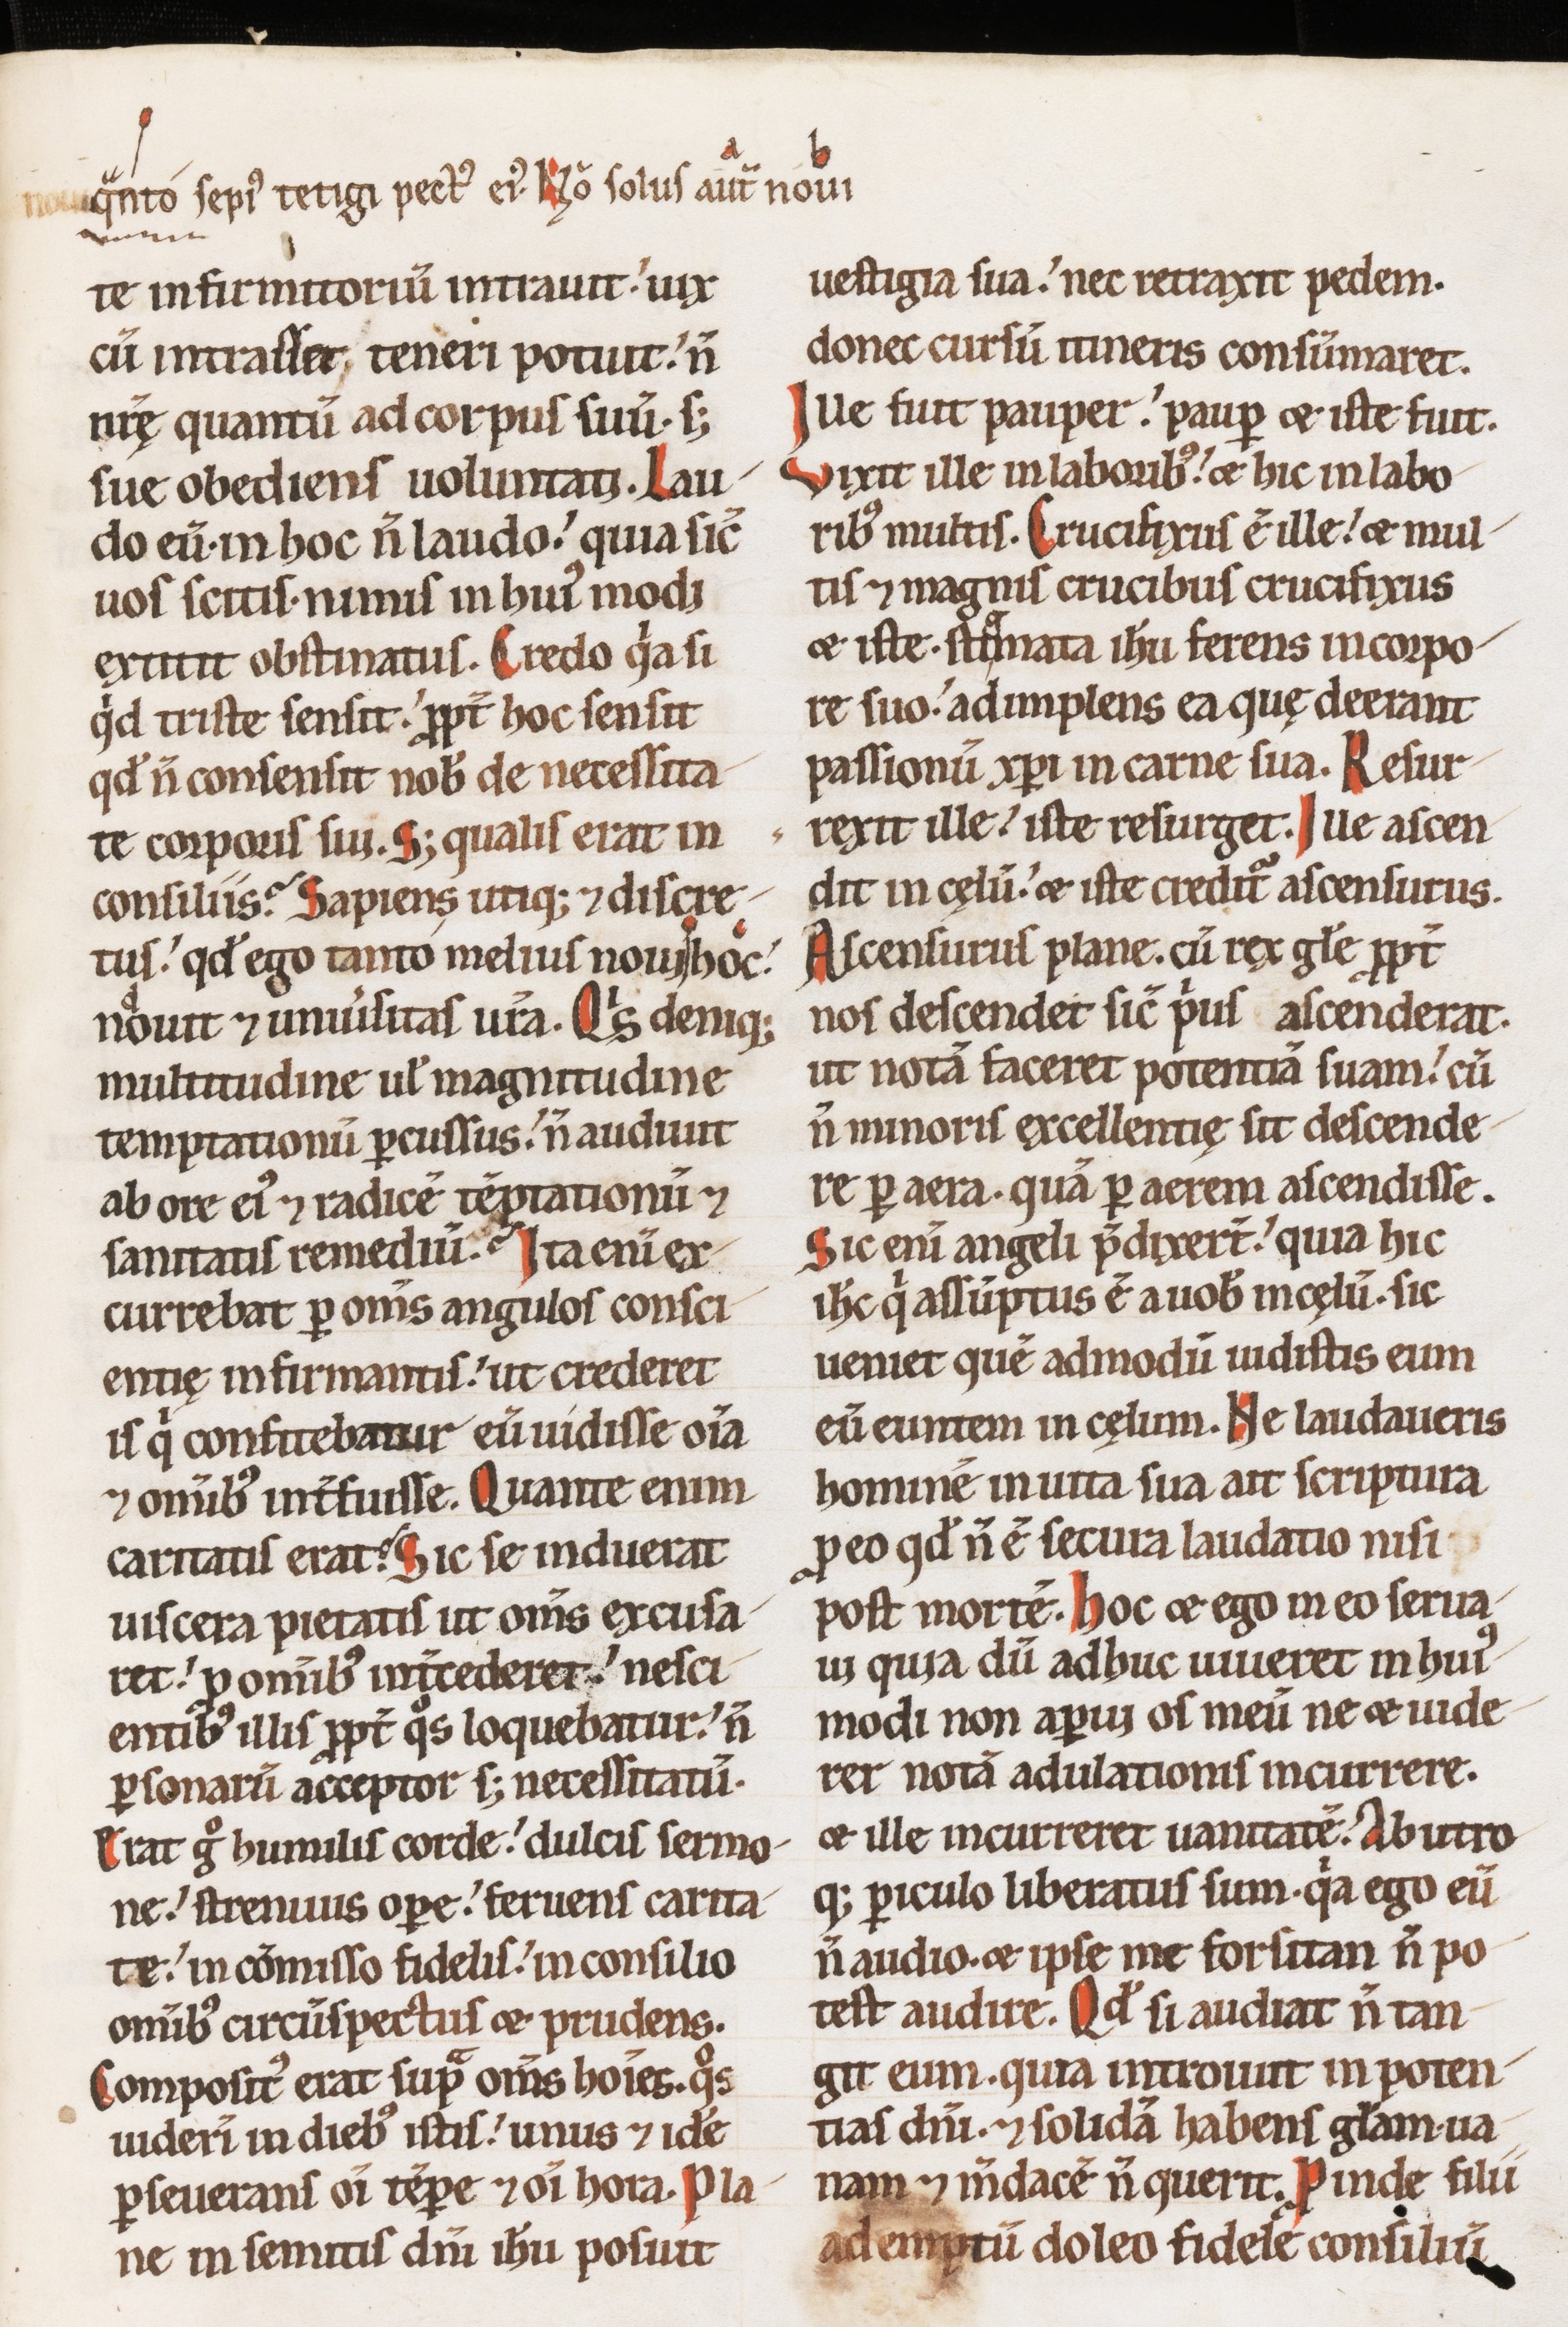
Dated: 1100–1199